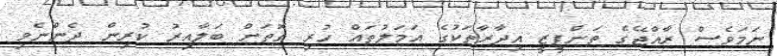
ނަމަވެސް ރާއްޖޭގެ ތަންފީޒީ އިދާރާތަކުގެ އަމަލުތައް ހުރި ގޮތަށް ބަލާއިރު ކުރިން ދެންނެވި